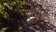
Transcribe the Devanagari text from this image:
घृतांश